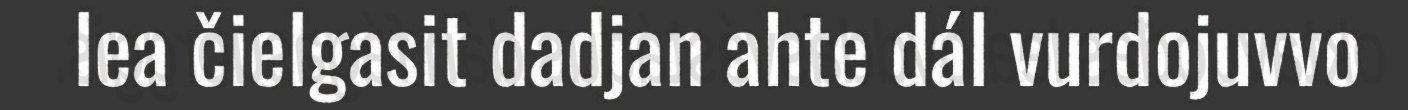
lea čielgasit dadjan ahte dál vurdojuvvo